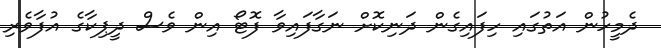
ދެމީހުން އަތުގައި ހިފައިގެން ދަނިކޮށް ނަގާފައިވާ ފޮޓޯ އިން ވެސް ދީޕިކާގެ އުފާވެރި